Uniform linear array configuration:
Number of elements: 48
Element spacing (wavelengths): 1
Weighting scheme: binomial
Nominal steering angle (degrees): -45
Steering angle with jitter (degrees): -44.912
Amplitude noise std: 0.05
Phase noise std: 0.05

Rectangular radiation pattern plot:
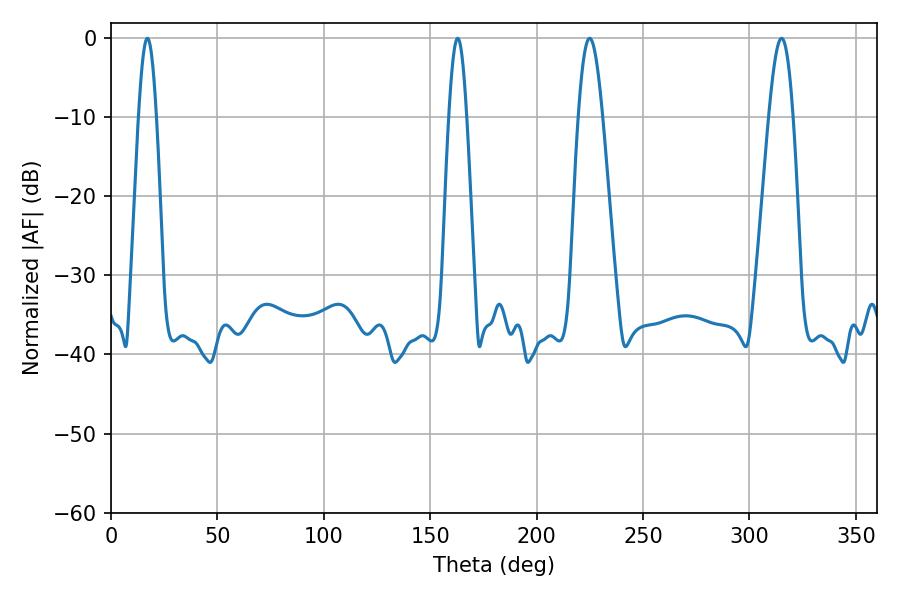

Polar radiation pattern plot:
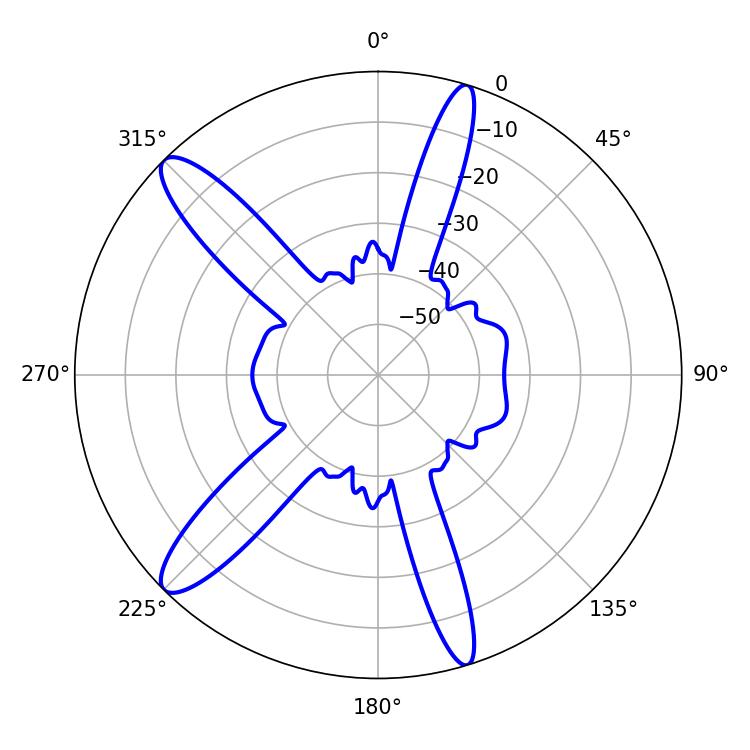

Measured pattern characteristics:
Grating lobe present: TRUE
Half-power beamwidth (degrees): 4.32
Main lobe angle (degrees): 17.1